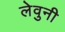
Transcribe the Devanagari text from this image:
लेवुनी